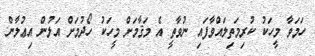
ހަމަވާ މީހަކު ކުރިމަތިލައްވާފައި ނުވާތީ އެ މަޤާމަށް މީހަކު ހޯދުމަށް އަލުން އިޢުލާން